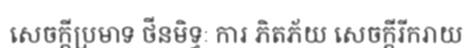
សេចក្តីប្រមាទ ថីនមិទ្ធៈ ការ ភិតភ័យ សេចក្តីរីករាយ